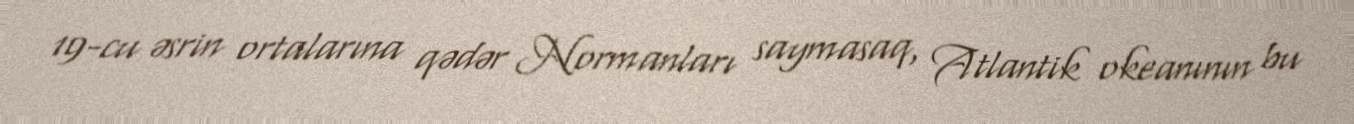
19-cu əsrin ortalarına qədər Normanları saymasaq, Atlantik okeanının bu